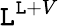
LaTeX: \mathtt{L}^{\mathtt{L}+V}